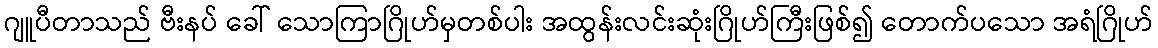
ဂျူပီတာသည် ဗီးနပ် ခေါ် သောကြာဂြိုဟ်မှတစ်ပါး အထွန်းလင်းဆုံးဂြိုဟ်ကြီးဖြစ်၍ တောက်ပသော အရံဂြိုဟ်